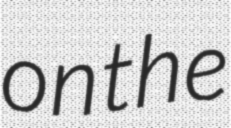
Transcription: on the